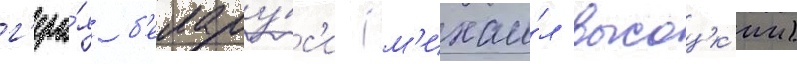
г'еро́я б'елару́с'и (м'ихаи́л высоцк'ии)